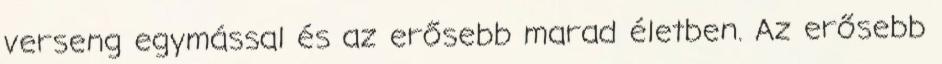
verseng egymással és az erősebb marad életben. Az erősebb